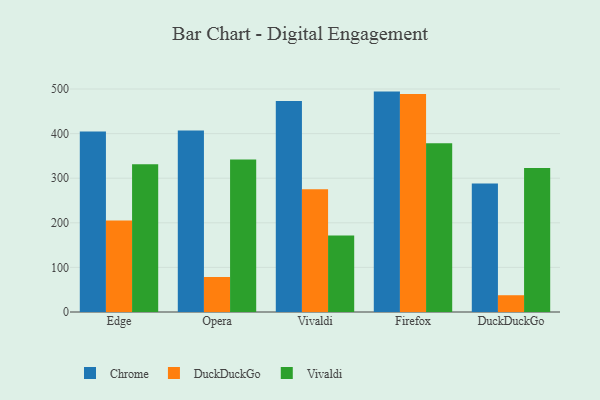
{"axis": {"x": "Browser", "y": "Backlog"}, "legend": ["Chrome", "DuckDuckGo", "Vivaldi"], "data": [{"x": "Edge", "y": 404.9, "type": "Chrome"}, {"x": "Edge", "y": 205.0, "type": "DuckDuckGo"}, {"x": "Edge", "y": 331.1, "type": "Vivaldi"}, {"x": "Opera", "y": 407.2, "type": "Chrome"}, {"x": "Opera", "y": 78.5, "type": "DuckDuckGo"}, {"x": "Opera", "y": 341.7, "type": "Vivaldi"}, {"x": "Vivaldi", "y": 473.2, "type": "Chrome"}, {"x": "Vivaldi", "y": 275.2, "type": "DuckDuckGo"}, {"x": "Vivaldi", "y": 171.3, "type": "Vivaldi"}, {"x": "Firefox", "y": 494.2, "type": "Chrome"}, {"x": "Firefox", "y": 488.8, "type": "DuckDuckGo"}, {"x": "Firefox", "y": 378.6, "type": "Vivaldi"}, {"x": "DuckDuckGo", "y": 287.9, "type": "Chrome"}, {"x": "DuckDuckGo", "y": 37.6, "type": "DuckDuckGo"}, {"x": "DuckDuckGo", "y": 322.7, "type": "Vivaldi"}]}